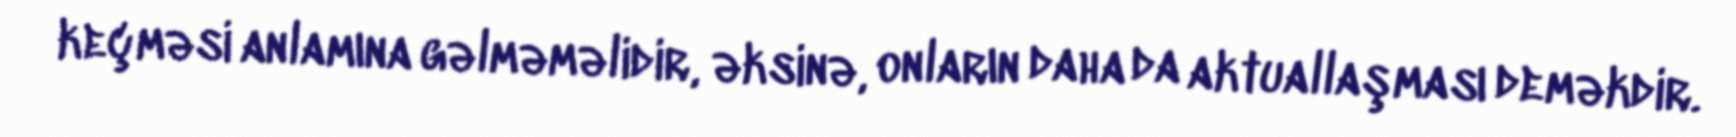
keçməsi anlamına gəlməməlidir, əksinə, onların daha da aktuallaşması deməkdir.